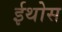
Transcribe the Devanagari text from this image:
ईथोस